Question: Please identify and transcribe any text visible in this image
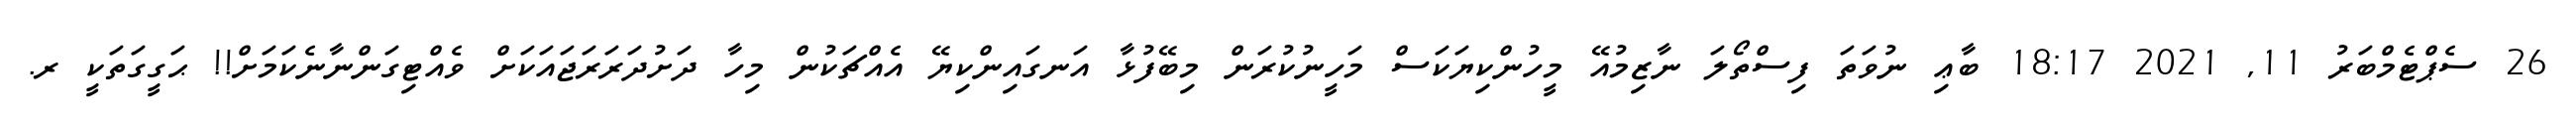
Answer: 26 ސެޕްޓެމްބަރު 11, 2021 18:17 ބާޢި ނުވަތަ ފިސްތޯލަ ނާޒިމުއޭ މީހުންކިޔަކަސް މަހީނުކުރަން މިބޭފުޅާ އަނގައިންކިޔޭ އެއްޗަކުން މިހާ ދަށުދަރަރަޖައަކަށް ވެއްޓިގަންނާނެކަމަށް!! ޙަގީގަތަކީ ރ.